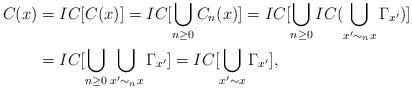
LaTeX: \begin{align*}C(x) &= IC[C(x)] = IC[\bigcup_{n\geq 0} C_n(x)] = IC[\bigcup_{n\geq 0} IC(\bigcup_{x' \sim_n x} \Gamma_{x'})] \\&= IC[\bigcup_{n\geq 0} \bigcup_{x' \sim_n x} \Gamma_{x'}] = IC[\bigcup_{x' \sim x} \Gamma_{x'}], \end{align*}